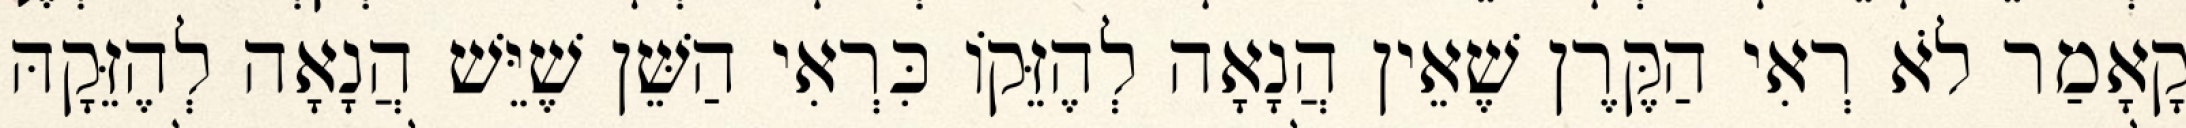
קָאָמַר לֹא רְאִי הַקֶּרֶן שֶׁאֵין הֲנָאָה לְהֶזֵּקוֹ כִּרְאִי הַשֵּׁן שֶׁיֵּשׁ הֲנָאָה לְהֶזֵּקָהּ